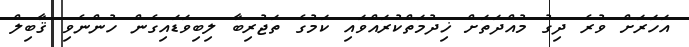
އަހަރަށް ވުރެ ދިގު މުއްދަތަށް ޚިދުމަތްކުރައްވައި ކަމުގެ ތަޖުރިބާ ލިބިވަޑައިގެން ހުންނެވި ޤާބިލް